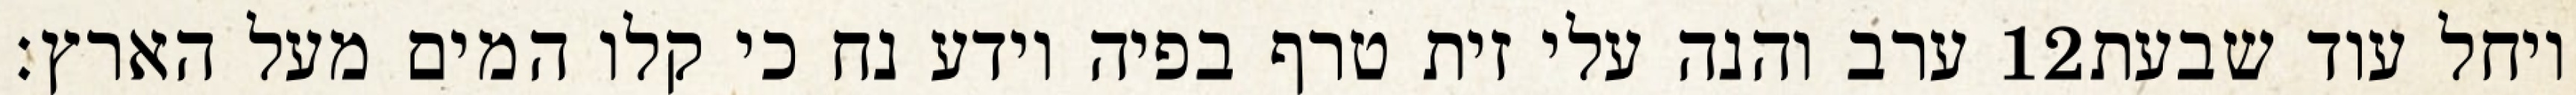
ערב והנה עלי זית טרף בפיה וידע נח כי קלו המים מעל הארץ׃ ‎12‏ ויחל עוד שבעת